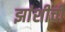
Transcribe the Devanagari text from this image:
झांशीची